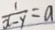
\frac { 1 } { x - y } = a